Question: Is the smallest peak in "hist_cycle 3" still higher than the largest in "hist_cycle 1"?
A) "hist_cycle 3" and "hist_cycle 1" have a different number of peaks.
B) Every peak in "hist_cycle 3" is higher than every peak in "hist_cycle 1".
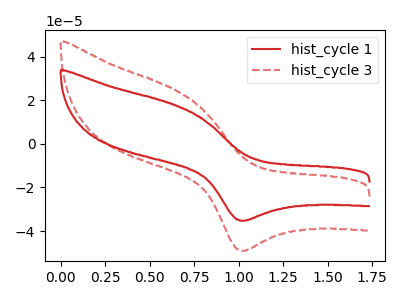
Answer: <think>The red curve "hist_cycle 1" has an anodic peak at (0.65V, 17.85uA) and a cathodic peak at (1.00V, -35.25uA). The red dashed curve "hist_cycle 3" has an anodic peak at (0.65V, 24.80uA) and a cathodic peak at (1.00V, -49.00uA).</think>
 <answer>B) Every peak in "hist_cycle 3" is higher than every peak in "hist_cycle 1".</answer>
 <eval>B</eval>